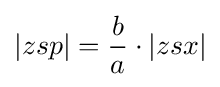
|zsp|={\frac {b}{a}}\cdot |zsx|